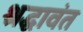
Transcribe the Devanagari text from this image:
श्रद्धावंत